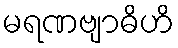
မရဏဗျာဓိဟိ